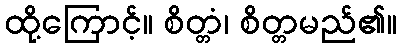
ထို့ကြောင့်။ စိတ္တံ၊ စိတ္တမည်၏။